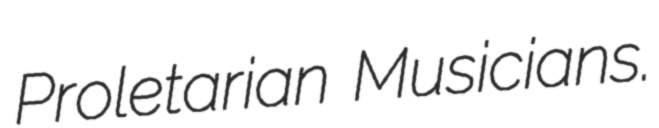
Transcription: Proletarian Musicians.